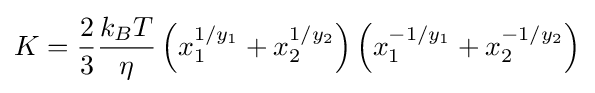
K={\frac {2}{3}}{\frac {k_{B}T}{\eta }}\left(x_{1}^{1/y_{1}}+x_{2}^{1/y_{2}}\right)\left(x_{1}^{-1/y_{1}}+x_{2}^{-1/y_{2}}\right)